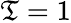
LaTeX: \mathfrak{T}=1